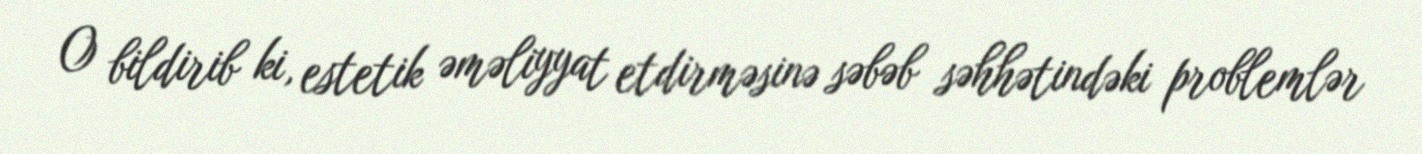
O bildirib ki, estetik əməliyyat etdirməsinə səbəb səhhətindəki problemlər